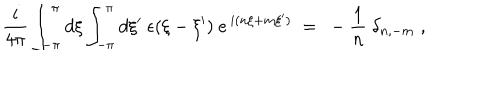
\frac { i } { 4 \pi } \int _ { - \pi } ^ { \pi } d \xi \int _ { - \pi } ^ { \pi } d \xi ^ { \prime } ~ \epsilon ( \xi - \xi ^ { \prime } ) ~ e ^ { \, i ( n \xi + m \xi ^ { \prime } ) } ~ = ~ - \frac { 1 } { n } ~ \delta _ { n , - m } \; , \nonumber